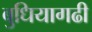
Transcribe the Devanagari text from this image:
बुधियागढी